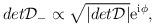
LaTeX: \begin{align*}det {\cal D}_{-} \propto \sqrt{ |det {\cal D}|} {\rm e}^{{\rm i} \phi},\end{align*}